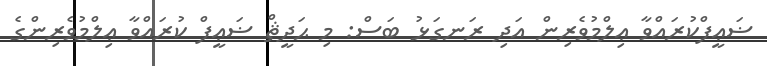
ޟަޢީފްކުރައްވާ ޢިލްމުވެރިން އަދި ރަނގަޅު ބަސް: މި ޙަދީޘް ޟަޢީފް ކުރައްވާ ޢިލްމުވެރިންގެ